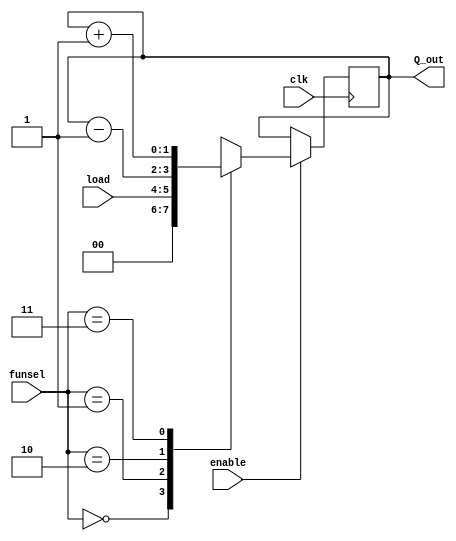
`timescale 1ns / 1ps

module register #(parameter N=2)(clk, enable, funsel, load, Q_out);
input clk;
input enable;
input [1:0] funsel;
input [N-1:0] load;
output reg [N-1:0] Q_out;

always @(posedge clk) begin
    if (enable) begin
      case (funsel)
         2'b00 : Q_out <= {N{1'b0}} ;
         2'b01 : Q_out <= load ;
         2'b10 : Q_out <= Q_out - {{(N-1){1'b0}}, 1'b1} ;
         2'b11 : Q_out <= Q_out + {{(N-1){1'b0}}, 1'b1} ;
         default : Q_out <= load ;
      endcase
     end
end
endmodule

module ir (
   clk, data, enable, funsel, lh, irout
);

input clk;
input [7:0] data;
input [1:0] funsel;
input enable;
input lh;
output reg [15:0] irout;

always @(posedge clk) begin
   if (enable) begin
      case (funsel)
         2'b00 : irout <= 16'b0; 
         2'b01 : begin 
            if (!lh) irout[7:0] <= data ;
            else irout[15:8] <= data ;
         end
         2'b10 : irout <= irout - {15'b0, 1'b1} ;
         2'b11 : irout <= irout + {15'b0, 1'b1} ;
      endcase
   end
end
   
endmodule

module mux_2_1(
    input [1:0] Data,
    input [0:0] sel,
    output [0:0] C
    );
    
    assign C = (~sel & Data[0]) | (sel & Data[1]);
    
endmodule

module mux_4_1 (
   input [3:0] Data,
   input [1:0] sel,
   output [0:0] out
);

   wire a1, a2;

   mux_2_1 mu1 (.Data(Data[1:0]), .sel(sel[0]), .C(a1));
   mux_2_1 mu2 (.Data(Data[3:2]), .sel(sel[0]), .C(a2));

   mux_2_1 mu3 (.Data({a2, a1}), .sel(sel[1]), .C(out));
   
endmodule

module mux_8_1(
    input [7:0] Data,
    input [2:0] sel,
    output [0:0] out
);

    wire sel1;
    wire sel2;
    wire sel3;
    wire sel4;
    wire sel5;
    wire sel6;

    mux_2_1 m1 (.Data(Data[1:0]), .sel(sel[0]), .C(sel1));
    mux_2_1 m2 (.Data(Data[3:2]), .sel(sel[0]), .C(sel2));
    mux_2_1 m3 (.Data(Data[5:4]), .sel(sel[0]), .C(sel3));
    mux_2_1 m4 (.Data(Data[7:6]), .sel(sel[0]), .C(sel4));
    
    mux_2_1 m5 (.Data({sel2, sel1}), .sel(sel[1]), .C(sel5));
    mux_2_1 m6 (.Data({sel4, sel3}), .sel(sel[1]), .C(sel6));
    
    mux_2_1 m7 (.Data({sel6, sel5}), .sel(sel[2]), .C(out));

endmodule

module reg8_8 (
   clk, load, o1sel, o2sel, funsel, rsel, tsel, o1, o2
);
   
   input clk;
   input [7:0] load;
   input [2:0] o1sel;
   input [2:0] o2sel;
   input [1:0] funsel;
   input [3:0] rsel;
   input [3:0] tsel;
   output [7:0] o1;
   output [7:0] o2;

   wire [7:0] w0, w1, w2, w3, w4, w5, w6, w7 ;

   register#(8) r1 (.clk(clk), .enable(rsel[3]), .funsel(funsel), .load(load), .Q_out(w4)) ; 
   register#(8) r2 (.clk(clk), .enable(rsel[2]), .funsel(funsel), .load(load), .Q_out(w5)) ; 
   register#(8) r3 (.clk(clk), .enable(rsel[1]), .funsel(funsel), .load(load), .Q_out(w6)) ; 
   register#(8) r4 (.clk(clk), .enable(rsel[0]), .funsel(funsel), .load(load), .Q_out(w7)) ;

   register#(8) t1 (.clk(clk), .enable(tsel[3]), .funsel(funsel), .load(load), .Q_out(w0)) ; 
   register#(8) t2 (.clk(clk), .enable(tsel[2]), .funsel(funsel), .load(load), .Q_out(w1)) ; 
   register#(8) t3 (.clk(clk), .enable(tsel[1]), .funsel(funsel), .load(load), .Q_out(w2)) ; 
   register#(8) t4 (.clk(clk), .enable(tsel[0]), .funsel(funsel), .load(load), .Q_out(w3)) ; 

   mux_8_1 o10mux (.Data({w7[0],w6[0],w5[0],w4[0],w3[0],w2[0],w1[0],w0[0]}), .sel(o1sel), .out(o1[0]));
   mux_8_1 o11mux (.Data({w7[1],w6[1],w5[1],w4[1],w3[1],w2[1],w1[1],w0[1]}), .sel(o1sel), .out(o1[1]));
   mux_8_1 o12mux (.Data({w7[2],w6[2],w5[2],w4[2],w3[2],w2[2],w1[2],w0[2]}), .sel(o1sel), .out(o1[2]));
   mux_8_1 o13mux (.Data({w7[3],w6[3],w5[3],w4[3],w3[3],w2[3],w1[3],w0[3]}), .sel(o1sel), .out(o1[3]));
   mux_8_1 o14mux (.Data({w7[4],w6[4],w5[4],w4[4],w3[4],w2[4],w1[4],w0[4]}), .sel(o1sel), .out(o1[4]));
   mux_8_1 o15mux (.Data({w7[5],w6[5],w5[5],w4[5],w3[5],w2[5],w1[5],w0[5]}), .sel(o1sel), .out(o1[5]));
   mux_8_1 o16mux (.Data({w7[6],w6[6],w5[6],w4[6],w3[6],w2[6],w1[6],w0[6]}), .sel(o1sel), .out(o1[6]));
   mux_8_1 o17mux (.Data({w7[7],w6[7],w5[7],w4[7],w3[7],w2[7],w1[7],w0[7]}), .sel(o1sel), .out(o1[7]));

   mux_8_1 o20mux (.Data({w7[0],w6[0],w5[0],w4[0],w3[0],w2[0],w1[0],w0[0]}), .sel(o2sel), .out(o2[0]));
   mux_8_1 o21mux (.Data({w7[1],w6[1],w5[1],w4[1],w3[1],w2[1],w1[1],w0[1]}), .sel(o2sel), .out(o2[1]));
   mux_8_1 o22mux (.Data({w7[2],w6[2],w5[2],w4[2],w3[2],w2[2],w1[2],w0[2]}), .sel(o2sel), .out(o2[2]));
   mux_8_1 o23mux (.Data({w7[3],w6[3],w5[3],w4[3],w3[3],w2[3],w1[3],w0[3]}), .sel(o2sel), .out(o2[3]));
   mux_8_1 o24mux (.Data({w7[4],w6[4],w5[4],w4[4],w3[4],w2[4],w1[4],w0[4]}), .sel(o2sel), .out(o2[4]));
   mux_8_1 o25mux (.Data({w7[5],w6[5],w5[5],w4[5],w3[5],w2[5],w1[5],w0[5]}), .sel(o2sel), .out(o2[5]));
   mux_8_1 o26mux (.Data({w7[6],w6[6],w5[6],w4[6],w3[6],w2[6],w1[6],w0[6]}), .sel(o2sel), .out(o2[6]));
   mux_8_1 o27mux (.Data({w7[7],w6[7],w5[7],w4[7],w3[7],w2[7],w1[7],w0[7]}), .sel(o2sel), .out(o2[7]));

endmodule

module arf (
   clk, load, outasel, outbsel, funsel, rsel, outa, outb
);
   input clk;
   input [7:0] load;
   input [1:0] outasel;
   input [1:0] outbsel;
   input [1:0] funsel;
   input [3:0] rsel;
   output [7:0] outa;
   output [7:0] outb;

   wire [7:0] w0, w1, w2, w3; 
    //rsel 4 bits: 1   1   1       1
    //             AR  SP  PCPrev  PC


   register#(8) ar (.clk(clk), .enable(rsel[3]), .funsel(funsel), .load(load), .Q_out(w0)) ; 
   register#(8) sp (.clk(clk), .enable(rsel[2]), .funsel(funsel), .load(load), .Q_out(w1)) ; 
   register#(8) pcp (.clk(clk), .enable(rsel[1]), .funsel(funsel), .load(load), .Q_out(w2)) ; 
   register#(8) pc (.clk(clk), .enable(rsel[0]), .funsel(funsel), .load(load), .Q_out(w3)) ;

   mux_4_1 a1 (.Data({w3[0],w2[0],w1[0],w0[0]}), .sel(outasel), .out(outa[0]));
   mux_4_1 a2 (.Data({w3[1],w2[1],w1[1],w0[1]}), .sel(outasel), .out(outa[1]));
   mux_4_1 a3 (.Data({w3[2],w2[2],w1[2],w0[2]}), .sel(outasel), .out(outa[2]));
   mux_4_1 a4 (.Data({w3[3],w2[3],w1[3],w0[3]}), .sel(outasel), .out(outa[3]));
   mux_4_1 a5 (.Data({w3[4],w2[0],w1[4],w0[4]}), .sel(outasel), .out(outa[4]));
   mux_4_1 a6 (.Data({w3[5],w2[5],w1[5],w0[5]}), .sel(outasel), .out(outa[5]));
   mux_4_1 a7 (.Data({w3[6],w2[6],w1[6],w0[6]}), .sel(outasel), .out(outa[6]));
   mux_4_1 a8 (.Data({w3[7],w2[7],w1[7],w0[7]}), .sel(outasel), .out(outa[7]));

   mux_4_1 b1 (.Data({w3[0],w2[0],w1[0],w0[0]}), .sel(outbsel), .out(outb[0]));
   mux_4_1 b2 (.Data({w3[1],w2[1],w1[1],w0[1]}), .sel(outbsel), .out(outb[1]));
   mux_4_1 b3 (.Data({w3[2],w2[2],w1[2],w0[2]}), .sel(outbsel), .out(outb[2]));
   mux_4_1 b4 (.Data({w3[3],w2[3],w1[3],w0[3]}), .sel(outbsel), .out(outb[3]));
   mux_4_1 b5 (.Data({w3[4],w2[0],w1[4],w0[4]}), .sel(outbsel), .out(outb[4]));
   mux_4_1 b6 (.Data({w3[5],w2[5],w1[5],w0[5]}), .sel(outbsel), .out(outb[5]));
   mux_4_1 b7 (.Data({w3[6],w2[6],w1[6],w0[6]}), .sel(outbsel), .out(outb[6]));
   mux_4_1 b8 (.Data({w3[7],w2[7],w1[7],w0[7]}), .sel(outbsel), .out(outb[7]));

endmodule



// module flag_reg (
//     clk,
//     load,
//     cin
// );
//     input clk;
//     input [3:0] load;
//     output cin;
//     wire [3:0] out;
//     register#(4) r (.clk(clk), .enable(1'b1), .funsel(2'b01), .load(load), .Q_out(out));

//     assign cin = out[2];

// endmodule


module alu (
    input [7:0] A,
    input [7:0] B,

    input [3:0] Funsel,
    output reg [3:0] Flag,
    output reg [7:0] OutALU
);


reg [8:0] out;
reg [8:0] A_9;
reg [8:0] B_9;
reg [8:0] B_comp_9;


always @(*) begin

A_9 = A;
B_9 = B;
B_comp_9 = ~B;
A_9[8] = 0;
B_9[8] = 0;
B_comp_9[8] = 0;

    case (Funsel)
        4'b0000 : begin 
            OutALU = A; 
            Flag[1] = OutALU[7];
            if(OutALU === 8'b00000000) begin
                    Flag[3] = 1;
                end
            else begin
                Flag[3] = 0;
                end
            end
        4'b0001 : begin
            OutALU = B;
            Flag[1] = OutALU[7]; 
            if(OutALU === 8'b00000000) begin
                    Flag[3] = 1;
                end
            else begin
                Flag[3] = 0;
                end
            end
        4'b0010 : begin
            OutALU = ~A;
            Flag[1] = OutALU[7]; 
            if(OutALU === 8'b00000000) begin
                    Flag[3] = 1;
                end
            else begin
                Flag[3] = 0;
                end
            end
        4'b0011 : begin
            OutALU = ~B;
            Flag[1] = OutALU[7]; 
            if(OutALU === 8'b00000000) begin
                    Flag[3] = 1;
                end
            else begin
                Flag[3] = 0;
                end
            end
        4'b0100 : begin
            out = A_9 + B_9;
            // if(Flag[2] === 1) begin
            //     out = out+9'b000000001;
            // end
            OutALU = out[7:0];
            // Flag[0] = (A[7]&B[7])^OutALU[7];
            // Flag[1] = OutALU[7];
            // Flag[2] = out[8];
            if(OutALU === 8'b00000000) begin
                    Flag[3] = 1;
                end
            else begin
                Flag[3] = 0;
                end
            end
        4'b0101 : begin
            out = A_9 + B_comp_9 + 9'b000000001;
            OutALU = out[7:0];
            // Flag[0] = (A[7]^B[7])&(A[7]^OutALU[7]);
            // Flag[1] = OutALU[7];
            // Flag[2] = out[8];
            if(OutALU === 8'b00000000) begin
                    Flag[3] = 1;
                end
            else begin
                Flag[3] = 0;
                end
            end
        4'b0110 : begin
                out = A + B_comp_9 + 9'b000000001;
                OutALU = out[7:0];
                Flag[0] = (A[7]^B[7])&(A[7]^OutALU[7]);
                Flag[1] = OutALU[7];
                Flag[2] = out[8];
                if(OutALU === 8'b00000000) begin
                        Flag[3] = 1;
                    end
                else begin
                    Flag[3] = 0;
                    end
                if(~Flag[0]&~Flag[1]&~Flag[3]) begin
                        OutALU = A;
                    end
                else if(Flag[0]&~A[7]) begin
                        OutALU = A;
                    end
                else begin
                        OutALU = 8'b00000000;
                end
            end
        4'b0111 : begin
            OutALU = A&B;
            Flag[1] = OutALU[7]; 
            if(OutALU === 8'b00000000) begin
                    Flag[3] = 1;
                end
            else begin
                Flag[3] = 0;
                end
            end
        4'b1000 : begin
            OutALU = A|B;
            Flag[1] = OutALU[7]; 
            if(OutALU === 8'b00000000) begin
                    Flag[3] = 1;
                end
            else begin
                Flag[3] = 0;
                end
            end
        4'b1001 : begin
            OutALU = ~(A&B);
            Flag[1] = OutALU[7]; 
            if(OutALU === 8'b00000000) begin
                    Flag[3] = 1;
                end
            else begin
                Flag[3] = 0;
                end
            end
        4'b1010 : begin
            OutALU = A^B;
            Flag[1] = OutALU[7]; 
            if(OutALU === 8'b00000000) begin
                    Flag[3] = 1;
                end
            else begin
                Flag[3] = 0;
                end
            end
        4'b1011 : begin
            OutALU = A<<1;
            Flag[1] = OutALU[7];
            Flag[2] = A[7];
            if(OutALU === 8'b00000000) begin
                    Flag[3] = 1;
                end
            else begin
                Flag[3] = 0;
                end
            end
        4'b1100 : begin
            OutALU = A>>1;
            Flag[1] = OutALU[7];
            Flag[2] = A[0];
            if(OutALU === 8'b00000000) begin
                    Flag[3] = 1;
                end
            else begin
                Flag[3] = 0;
                end
            end
        4'b1101 : begin
            OutALU = A<<1;
            Flag[0] = A[7]^OutALU[7];
            Flag[1] = OutALU[7];
            if(OutALU === 8'b00000000) begin
                    Flag[3] = 1;
                end
            else begin
                Flag[3] = 0;
                end
            end
        4'b1110 : begin
            OutALU = A>>1;
            OutALU[7] = A[7]; 
            if(OutALU === 8'b00000000) begin
                    Flag[3] = 1;
                end
            else begin
                Flag[3] = 0;
                end
            end
        4'b1111 : begin
            OutALU = A>>1;
            Flag[2] = A[0];
            OutALU[7] = Flag[2];
            Flag[1] = OutALU[7];
            if(OutALU === 8'b00000000) begin
                    Flag[3] = 1;
                end
            else begin
                Flag[3] = 0;
                end
            end
        default : begin
            OutALU = 8'b00000000;
            Flag = 4'b0000;
        end
    endcase
end
endmodule




//given module for memory
module Memory(
    input wire[7:0] address,
    input wire[7:0] data,
    input wire wr, //Read = 0, Write = 1  //read from memory, write to memory 
    input wire cs, //Chip is enable when cs = 0
    input wire clock,
    output reg[7:0] o // Output
);
    //Declaration of the RAM Area
    reg[7:0] RAM_DATA[0:255];
    //Read Ram data from the file
    initial begin
        $readmemh("RAM.mem", RAM_DATA);
        
    end
    always @(*) begin
        $writememh("RAM.mem", RAM_DATA);
    end
   

    //Read the selected data from RAM
    always @(*) begin
        o = ~wr && ~cs ? RAM_DATA[address] : 8'hZ;
    end
    
    //Write the data to RAM
    always @(posedge clock) begin
        if (wr && ~cs) begin
            RAM_DATA[address] <= data; 
        end
    end
endmodule


module twoToOneMuxOf8bits(input selector, input[7:0] in0, input[7:0] in1, output reg[7:0] out);

always @(*) begin
   case (selector)
      1'b0 : out= in0;
      1'b1 : out= in1;
    //   default: out= in1;
   endcase
end
   
endmodule


module fourToOneMuxOf8bits(input[1:0] selector, input[7:0] in0, input[7:0] in1,input[7:0] in2,input[7:0] in3, output reg[7:0] out);

always @(*) begin
   case (selector)
      2'b00 :  out= in0;
      2'b01 :  out= in1;
      2'b10 :  out= in2;
      2'b11 :  out= in3;
      default: out= in0;
   endcase
end
   
endmodule






//our module for first project
module ALU_System (
    input [1:0] ARF_OutCSel,
    input[1:0] ARF_OutDSel,
    input [1:0] IR_Funsel,
    input [1:0] ARF_FunSel,
    input [1:0] RF_FunSel,
    input [3:0] ALU_FunSel,


    input [3:0] RF_RSel,
    input [3:0] ARF_RegSel,
    input Clock,
    input Mem_WR,
    input Mem_CS,
    input IR_Enable,
    input IR_LH,
    input [1:0] MuxASel,
    input [1:0] MuxBSel,
    input MuxCSel,
    input [2:0]RF_OutASel, 
    input [2:0]RF_OutBSel, 
    input [3:0]RF_TSel,

   
    output wire [7:0] AOut,//rf-muxC
    output wire [7:0] BOut,//rf-alu
    output wire [7:0] ALUOut,
    output wire [3:0] ALUOutFlag,
    output wire [7:0] ARF_AOut,//arf -muxA
    output wire [7:0] Address,//arf- memory adress
    output wire [7:0] MemoryOut, //memory - IR- muxA
    output wire [7:0] MuxAOut, //muxA- rf
    output wire [7:0] MuxBOut,//muxB-arf
    output wire [7:0] MuxCOut,//muxC-alu
    output wire [15:0] IROut //direct IR output
    );


    wire [7:0] IROut_LSBs; //less significant bits of IROut
    wire [7:0] IROut_MSBs; //most significant bits of IROut



    arf ARF(Clock,MuxBOut, ARF_OutCSel, ARF_OutDSel,ARF_FunSel,ARF_RegSel,ARF_AOut,Address);
    Memory MEMORY(Address, ALUOut, Mem_WR, Mem_CS, Clock, MemoryOut);

    ir IR(Clock, MemoryOut, IR_Enable,IR_Funsel,IR_LH, IROut); 
    assign IROut_MSBs =IROut[15:8];
    assign IROut_LSBs=IROut[7:0];


    fourToOneMuxOf8bits muxA( MuxASel, ALUOut, MemoryOut,  IROut_LSBs, ARF_AOut, MuxAOut);
    fourToOneMuxOf8bits muxB(MuxBSel, ALUOut,MemoryOut,IROut_LSBs, ARF_AOut, MuxBOut);

    reg8_8 Register_File(Clock, MuxAOut, RF_OutASel, RF_OutBSel, RF_FunSel, RF_RSel, RF_TSel, AOut, BOut);

    twoToOneMuxOf8bits muxC(MuxCSel, AOut, ARF_AOut, MuxCOut); //0=> AOut, 1=> ARF_AOut
    alu ALU(MuxCOut,BOut,ALU_FunSel,ALUOutFlag,ALUOut); 


endmodule

//before this section was in project 1 ***********************************************

//after this section is in project 2 *************************************************



module Counter(input wire clock, input wire reset, output reg [3:0] register_counter);
    always @(posedge clock or posedge reset) begin
        if (reset)
        begin 
            register_counter=4'b1111;
        end
        else
        begin
            register_counter<= #0.25 register_counter+4'b0001;
        end
    end

endmodule




module CPUSystem (input Clock, input Reset,


    // output wires for control purposes
    output wire [7:0] AOut,
    output wire [7:0] BOut,
    output wire [7:0] ALUOut,
    output wire [3:0] ALUOutFlag,
    output wire [7:0] ARF_AOut,
    output wire [7:0] Address,
    output wire [7:0] MemoryOut,
    output wire [7:0] MuxAOut,
    output wire [7:0] MuxBOut,
    output wire [7:0] MuxCOut,
    output wire [15:0] IROut,
    output wire [3:0] timing_signal,


    output reg[3:0] ins_opcode,
    output reg [1:0] ARF_OutCSel,
    output reg[1:0] ARF_OutDSel,
    output reg [1:0] IR_Funsel,
    output reg [1:0] ARF_FunSel,
    output reg [1:0] RF_FunSel,
    output reg [3:0] ALU_FunSel,
    output reg [3:0] RF_RSel,
    output reg [3:0] ARF_RegSel,
    output reg Mem_WR,
    output reg Mem_CS,
    output reg IR_Enable,
    output reg IR_LH,
    output reg [1:0] MuxASel,
    output reg [1:0] MuxBSel,
    output reg MuxCSel,
    output reg [2:0] RF_OutASel,
    output reg [2:0] RF_OutBSel,
    output reg [3:0] RF_TSel




);
    reg reset_timing_signal; //reset counter at the begining and return back to normal condition!!!!
    
    Counter counter(Clock, (reset_timing_signal | Reset),timing_signal);


    //figure 2 mode: (if adressing mode is N/A from the table)
    wire[3:0] ins_dstreg = IROut[11:8];
    wire [3:0] ins_sreg1= IROut[7:4];
    wire [3:0] ins_sreg2= IROut[3:0];


    //figure 1 mode: (if adressing mode is IM, D in the table)
    wire ins_addressing_mode =IROut[10];
    wire [1:0] ins_rsel= IROut[9:8];
    wire [7:0] ins_adress= IROut[7:0];



    ALU_System sys(ARF_OutCSel,ARF_OutDSel,IR_Funsel,ARF_FunSel,RF_FunSel,ALU_FunSel,RF_RSel,
    ARF_RegSel,Clock,Mem_WR,Mem_CS,IR_Enable,IR_LH,MuxASel,MuxBSel,MuxCSel,RF_OutASel, RF_OutBSel,
     RF_TSel,AOut, BOut, ALUOut, ALUOutFlag, ARF_AOut, Address, MemoryOut,  MuxAOut,  MuxBOut, MuxCOut,IROut 
    );


    reg delay;

    
    initial begin
        Mem_WR<=0;

        //make everything 0 initally
        ARF_FunSel<=2'b00;
        RF_FunSel<=2'b00;
        RF_RSel<=4'b1111;
        ARF_RegSel<=4'b1111;
        RF_TSel<=4'b1111;
        reset_timing_signal<=1;
        delay<=1;
        #5;
        RF_RSel<=4'b0000;
        ARF_RegSel<=4'b0000;
        RF_TSel<=4'b0000;
        reset_timing_signal<=0;
        delay<=0;
     end



    always @(posedge reset_timing_signal) begin
        if(!delay) begin
            ARF_RegSel<= #5 4'b0000; //making sure ARF_RegSel deactiveted for unintended writings
            IR_Enable<= #5 0; 
            RF_RSel<= #5 4'b0000;
            RF_TSel<= #5 4'b0000;//making sure RF_TSel deactiveted for unintended writings
            reset_timing_signal<= #5 0;//be sure that timing signal doesn't reset in every cycle
        end
    end


    always @(timing_signal) begin
        ARF_RegSel<= #10 4'b0000; //making sure ARF_RegSel deactiveted for unintended writings
        IR_Enable<= #10 0; 
        RF_RSel<= #10 4'b0000;
        RF_TSel<= #10 4'b0000;//making sure RF_TSel deactiveted for unintended writings
    end
 

    //operations
    always @(*) begin  //registers have internal clock mechanisms, so not put in here
        Mem_CS<=0;
        ins_opcode<=IROut[15:12];
    

        if (

            ((ins_opcode == 4'h0 )&& (timing_signal == 4'b0110 ))||
            ((ins_opcode == 4'h1 )&& (timing_signal == 4'b0110  ))||
            ((ins_opcode == 4'h2 )&& (timing_signal == 4'b0110  ))||
            ((ins_opcode == 4'h3 )&& (timing_signal == 4'b0110  ))||
            ((ins_opcode == 4'h4 )&& (timing_signal == 4'b0110  ))||
            ((ins_opcode == 4'h5 )&& (timing_signal == 4'b0110 ))||
            ((ins_opcode == 4'h6 )&& (timing_signal == 4'b0110 ))||
            ((ins_opcode == 4'h7 )&& (timing_signal == 4'b1000 ))||
            ((ins_opcode == 4'h8 )&& (timing_signal == 4'b1000  ))||
            ((ins_opcode == 4'h9 )&& (timing_signal == 4'b0100  ))||
            ((ins_opcode == 4'hA )&& (timing_signal == 4'b0100  ))||
            ((ins_opcode == 4'hB )&& (timing_signal == 4'b0110 )) ||
            ((ins_opcode == 4'hC )&& (timing_signal == 4'b0100 )) ||
            ((ins_opcode == 4'hD )&& (timing_signal == 4'b0100 ))||
            ((ins_opcode == 4'hE )&& (timing_signal == 4'b0101))||
            ((ins_opcode == 4'hF )&& (timing_signal == 4'b0101 ))
            
         ) begin
             reset_timing_signal <= 1'b1; //counter is zeroed.
        end 

        IR_Enable<=0;


        //opcode and timing signal condtions
        if(timing_signal==4'b0000) begin //start of the fetch cycle 
            //IR(7-0)<-M[PC]
            ARF_OutDSel<=2'b 11; //PC will be given as adress to memory
            Mem_WR<=0;    //read from memory
            IR_Enable<=1; //activate IR
            IR_Funsel<=2'b 01; //open load
            IR_LH<=0;  //IR(7-0) selected
            ARF_RegSel <=4'b0000;


         end
        else if(timing_signal==4'b0001) begin //2nd phase of fetch cycle
            //  PC<-PC+1
            IR_Enable<=0;
            ARF_FunSel<=2'b11; //increment by 1
            ARF_RegSel <=4'b0001; //open PC
           

           
            

         end
        else if (timing_signal==4'b0010)begin //3rd and last phase of the fetch cycle
            //IR(15-8)<-M[PC], PC<-PC+1

            // ARF_FunSel<=2'b11; //increment by 1
            // ARF_RegSel <=4'b0001; //open PC
            ARF_OutDSel<=2'b 11; //PC will be given as adress to memory
            Mem_WR<=0;    //read from memory
            IR_Enable<=1; //activate IR
            IR_Funsel<=2'b 01; //open load
            IR_LH<=1;  //IR(15-8) selected


            ARF_FunSel<=2'b11; //increment by 1
            ARF_RegSel <=4'b0001; //open PC

         end
         
        //IR is ready to use

        //register selections for output 
        
        else if(timing_signal==4'b0011)begin
            ARF_RegSel <=4'b0000;
  
            if ((ins_opcode == 4'h9) || (ins_opcode == 4'hA) || (ins_opcode == 4'hC) || (ins_opcode == 4'hD) || (ins_opcode == 4'hE)|| (ins_opcode == 4'hF)) //in these opcodes figure 1 order will be used
            begin 
                if(ins_opcode == 4'h9) begin
                    IR_Enable<=0;
                    MuxBSel<=2'b10; //IR(7-0) will go to ARF
                    ARF_RegSel<=4'b0001; // select only PC
                    ARF_FunSel<=2'b01; //load 
                   
                end

                else if(ins_opcode == 4'hA) begin
                    IR_Enable<=0;
                if(ALUOutFlag[3]==1'b0) begin
                    MuxBSel<=2'b10; //IR(7-0) will go to ARF
                    ARF_RegSel<=4'b0001; // select only PC
                    ARF_FunSel<=2'b01; //load 
                    end
                end

                else if(ins_opcode == 4'hC) begin
                    IR_Enable<=0;
                    if(ins_addressing_mode==1'b0) begin //immediate addressing
                        MuxASel<=2'b10; //selects IROut
                        RF_FunSel<= 2'b01; //open load for RF
                        case (ins_rsel)
                        2'b00: begin
                        RF_RSel<=4'b1000;   //R1 is chosen
                        end
                        2'b01: begin
                        RF_RSel<=4'b0100;   //R2 is chosen
                        end
                        2'b10: begin
                        RF_RSel<=4'b0010;   //R3 is chosen
                        end
                        2'b11: begin
                        RF_RSel<=4'b0001;   //R4 is chosen
                        end
                        endcase
                    end
                    else begin //direct addressing
                        ARF_OutDSel<=2'b 00; //AR will be given as adress to memory
                        Mem_WR<=0;    //read from memory
                        MuxASel<=2'b01; // selects memory output in MUX A
                        RF_FunSel<=2'b01; //open load for RF
                        case (ins_rsel)
                        2'b00: begin
                        RF_RSel<=4'b1000;   //R1 is chosen
                        end
                        2'b01: begin
                        RF_RSel<=4'b0100;   //R2 is chosen
                        end
                        2'b10: begin
                        RF_RSel<=4'b0010;   //R3 is chosen
                        end
                        2'b11: begin
                        RF_RSel<=4'b0001;   //R4 is chosen
                        end
                        endcase    
                    end
                end
                else if(ins_opcode == 4'hD && timing_signal==4'b0011) begin
                    IR_Enable<=0;
                    $display("~Last instructor~");
                    $display("Sum: ", ALUOut);
                    $display("Time: ", $realtime);
                    ARF_OutDSel<=2'b 00; //AR will be given as adress to memory
                    case (ins_rsel)
                    2'b00: begin
                    RF_OutASel<=3'b100;    //R1 is sent to MUXC
                    end
                    2'b01: begin
                    RF_OutASel<=3'b101;    //R2 is sent to MUXC
                    end
                    2'b10: begin
                    RF_OutASel<=3'b110;    //R3 is sent to MUXC
                    end
                    2'b11: begin
                    RF_OutASel<=3'b111;    //R4 is sent to MUXC
                    end
                    endcase
                    MuxCSel<=0; //RF's output is sent to alu
                    ALU_FunSel<=4'b0000; //RF is sent to memory
                    Mem_WR<=1;    //write to from memory
                   

                end
                else if(ins_opcode == 4'hE && timing_signal==4'b0011) begin
                    IR_Enable<=0;
                    ARF_OutDSel<=2'b 01;  // SP is given as address to memory
                    Mem_WR<=0;    //read from memory
                    MuxASel<=2'b01; //selects memory for MUX A
                    RF_FunSel<= 2'b01; //open load for RF
                    case (ins_rsel)
                    2'b00: begin
                    RF_RSel<=4'b1000;   //R1 is chosen
                    end
                    2'b01: begin
                    RF_RSel<=4'b0100;   //R2 is chosen
                    end
                    2'b10: begin
                    RF_RSel<=4'b0010;   //R3 is chosen
                    end
                    2'b11: begin
                    RF_RSel<=4'b0001;   //R4 is chosen
                    end
                    endcase

                end
                else if(ins_opcode == 4'hF && timing_signal==4'b0011) begin
                    IR_Enable<=0;
                    ARF_RegSel<= 4'b0100; // SP is selected
                    ARF_OutDSel<=2'b01;  // SP is given as address to memory
                    case (ins_rsel)
                    2'b00: begin
                    RF_RSel<=4'b1000;   //R1 is chosen
                    end
                    2'b01: begin
                    RF_RSel<=4'b0100;   //R2 is chosen
                    end
                    2'b10: begin
                    RF_RSel<=4'b0010;   //R3 is chosen
                    end
                    2'b11: begin
                    RF_RSel<=4'b0001;   //R4 is chosen
                    end
                    endcase
                    MuxCSel<=1'b0; // RF is selected
                    ALU_FunSel <= 4'b0000; //register value is written to the memory
                    Mem_WR<=1;    //write to memory
                end
             end



            else begin //in other opcodes figure 2 order will be used
                //there is 3 situation for input. Both can be in RF, one form RF one from ARF, both can be in ARF
                case({ins_sreg1[2],ins_sreg2[2]})

                    2'b00: //both are in RF 
                        begin
                            //0=> AOut, 1=> ARF_AOut
                            MuxCSel<=0; //RF's output
                            RF_OutASel<={1'b1,ins_sreg1[1:0]};//RF output selection
                            RF_OutBSel<={1'b1,ins_sreg2[1:0]};//RF output selection
                        end
                    2'b10: //1st ARF, 2nd RF
                        begin
                        MuxCSel<=1;   //ARF's output
                        RF_OutBSel<={1'b1,ins_sreg2[1:0]};//RF output selection
                        
                        case (ins_sreg1[1:0])//ARF output selection
                            2'b00:  //SP selection
                                ARF_OutCSel<= 2'b01;
                            2'b01: //AR selection
                                ARF_OutCSel<= 2'b00;
                            2'b10://PC selection
                                ARF_OutCSel<=2'b11;
                            2'b11://PC selection
                                ARF_OutCSel<=2'b11;
                        endcase 
                        end 

                    2'b01: //1st RF, 2nd ARF (1 more cycle needed)
                        begin//store value of ARF in T1

                            case (ins_sreg2[1:0])//ARF output selection
                                2'b00:  //SP selection
                                    ARF_OutCSel<= 2'b01;
                                2'b01: //AR selection
                                    ARF_OutCSel<= 2'b00;
                                2'b10://PC selection
                                    ARF_OutCSel<=2'b11;
                                2'b11://PC selection
                                    ARF_OutCSel<=2'b11;
                            endcase

                            MuxASel<=2'b11; //output coming from ARF
                            RF_TSel<=4'b1000; //T1 will be used to store value coming from ARF
                            RF_FunSel<= 2'b01; //open load
                        end
                    2'b11: //both are ARF (1 more cycle needed)
                        begin //store value of ARF in T1 (for ALU input B)
                            case (ins_sreg2[1:0])//ARF output selection
                                2'b00:  //SP selection
                                    ARF_OutCSel<= 2'b01;
                                2'b01: //AR selection
                                    ARF_OutCSel<= 2'b00;
                                2'b10://PC selection
                                    ARF_OutCSel<=2'b11;
                                2'b11://PC selection
                                    ARF_OutCSel<=2'b11;
                            endcase

                            MuxASel<=2'b11; //output coming from ARF
                            RF_TSel<=4'b1000; //T1 will be used to store value coming from ARF
                            RF_FunSel<= 2'b01; //open load
                        end
                endcase


          
             end
         end
        

        
        else if((timing_signal==4'b0100) &&  (  {ins_sreg1[2],ins_sreg2[2]} ==  2'b01 )  && 
                 !(  (ins_opcode == 4'h9) || (ins_opcode == 4'hA) || (ins_opcode == 4'hC) || (ins_opcode == 4'hD)  )  )begin  //next cycle of 1st RF, 2nd ARF
            RF_OutBSel<=3'b000; //T1 will be 2nd output 
            MuxCSel<=0; //Rx RF's output
            RF_OutASel<= {1'b1,ins_sreg1[1:0]};//Rx selection
        end
        else if((timing_signal==4'b0100) &&  (  {ins_sreg1[2],ins_sreg2[2]} ==  2'b11 ) &&
                  !(  (ins_opcode == 4'h9) || (ins_opcode == 4'hA) || (ins_opcode== 4'hC) || (ins_opcode == 4'hD)  ))begin  //next cycle of both are ARF
            
            MuxCSel<=1;   //ARF's output for ALU A (sreg 1)

            case (ins_sreg1[1:0])//ARF output selection for sreg1
                2'b00:  //SP selection
                    ARF_OutCSel<= 2'b01;
                2'b01: //AR selection
                    ARF_OutCSel<= 2'b00;
                2'b10://PC selection
                    ARF_OutCSel<=2'b11;
                2'b11://PC selection
                    ARF_OutCSel<=2'b11;
            endcase 
            RF_OutBSel<=3'b000; //T1 will be 2nd output (sreg 2)
        
        
        end

        else if((timing_signal==4'b0101) && (ins_opcode == 4'h0)) begin // AND
            IR_Enable<=0;
            ALU_FunSel <= 4'b0111 ;
            Mem_WR <= 0;

            begin // write to register

            if (ins_dstreg[2]==1'b0)//write to rf
                begin 
                    case (ins_dstreg[1:0]) //which register will be used
                        2'b00: //R1
                            RF_RSel<= 4'b1000;
                
                        2'b01: //R2
                            RF_RSel<= 4'b0100;

                        2'b10: //R3
                            RF_RSel<= 4'b0010;

                        2'b11: //R4
                            RF_RSel<= 4'b0001;
                        
                    endcase
                    RF_FunSel<=2'b01; //open to load
                    MuxASel <= 2'b00; //OutALU
                    MuxBSel <= 2'b10; //IROut (random)
                    ARF_RegSel <= 3'b000; //Do not let ARF to change.

                end

            else 
                begin//write to arf 
                    
                    case (ins_dstreg[1:0]) //which register will be used
                        2'b00: //SP
                            ARF_RegSel<= 4'b0100;
                
                        2'b01: //AR
                            ARF_RegSel<= 4'b1000;

                        2'b10: //PC
                            ARF_RegSel<= 4'b0001;

                        2'b11: //PC
                            ARF_RegSel<= 4'b0001;
                        
                    endcase
                    ARF_FunSel<=2'b01; //open to load
                    MuxASel <= 2'b10; //IROut (random)
                    MuxBSel <= 2'b00; //OutALU
                    RF_RSel <= 3'b000; //Do not let RF to change.

                end 
        
            end

           
            
        end

        else if((timing_signal==4'b0101) && (ins_opcode == 4'h1)) begin // OR
            IR_Enable<=0;
            ALU_FunSel <= 4'b1000 ;
            Mem_WR <= 0;

            begin // write to register

            if (ins_dstreg[2]==1'b0)//write to rf
                begin 
                    case (ins_dstreg[1:0]) //which register will be used
                        2'b00: //R1
                            RF_RSel<= 4'b1000;
                
                        2'b01: //R2
                            RF_RSel<= 4'b0100;

                        2'b10: //R3
                            RF_RSel<= 4'b0010;

                        2'b11: //R4
                            RF_RSel<= 4'b0001;
                        
                    endcase
                    RF_FunSel<=2'b01; //open to load
                    MuxASel <= 2'b00; //OutALU
                    MuxBSel <= 2'b10; //IROut (random)
                    ARF_RegSel <= 3'b000; //Do not let ARF to change.

                end

            else 
                begin//write to arf 
                    
                    case (ins_dstreg[1:0]) //which register will be used
                        2'b00: //SP
                            ARF_RegSel<= 4'b0100;
                
                        2'b01: //AR
                            ARF_RegSel<= 4'b1000;

                        2'b10: //PC
                            ARF_RegSel<= 4'b0001;

                        2'b11: //PC
                            ARF_RegSel<= 4'b0001;
                        
                    endcase
                    ARF_FunSel<=2'b01; //open to load
                    MuxASel <= 2'b10; //IROut (random)
                    MuxBSel <= 2'b00; //OutALU
                    RF_RSel <= 3'b000; //Do not let RF to change.

                end 
        
            end

            
            
        end

        else if((timing_signal==4'b0101) && (ins_opcode == 4'h2)) begin // NOT
            IR_Enable<=0;
            ALU_FunSel <= 4'b0010 ;
            Mem_WR <= 0;

            begin // write to register

            if (ins_dstreg[2]==1'b0)//write to rf
                begin 
                    case (ins_dstreg[1:0]) //which register will be used
                        2'b00: //R1
                            RF_RSel<= 4'b1000;
                
                        2'b01: //R2
                            RF_RSel<= 4'b0100;

                        2'b10: //R3
                            RF_RSel<= 4'b0010;

                        2'b11: //R4
                            RF_RSel<= 4'b0001;
                        
                    endcase
                    RF_FunSel<=2'b01; //open to load
                    MuxASel <= 2'b00; //OutALU
                    MuxBSel <= 2'b10; //IROut (random)
                    ARF_RegSel <= 3'b000; //Do not let ARF to change.

                end

            else 
                begin//write to arf 
                    
                    case (ins_dstreg[1:0]) //which register will be used
                        2'b00: //SP
                            ARF_RegSel<= 4'b0100;
                
                        2'b01: //AR
                            ARF_RegSel<= 4'b1000;

                        2'b10: //PC
                            ARF_RegSel<= 4'b0001;

                        2'b11: //PC
                            ARF_RegSel<= 4'b0001;
                        
                    endcase
                    ARF_FunSel<=2'b01; //open to load
                    MuxASel <= 2'b10; //IROut (random)
                    MuxBSel <= 2'b00; //OutALU
                    RF_RSel <= 3'b000; //Do not let RF to change.

                end 
        
            end

            
            
        end

        else if((timing_signal==4'b0101) && (ins_opcode == 4'h3)) begin // ADD
            IR_Enable<=0;
            ALU_FunSel <= 4'b0100 ;
            Mem_WR <= 0;

            begin // write to register

            if (ins_dstreg[2]==1'b0)//write to rf
                begin 
                    case (ins_dstreg[1:0]) //which register will be used
                        2'b00: //R1
                            RF_RSel<= 4'b1000;
                
                        2'b01: //R2
                            RF_RSel<= 4'b0100;

                        2'b10: //R3
                            RF_RSel<= 4'b0010;

                        2'b11: //R4
                            RF_RSel<= 4'b0001;
                        
                    endcase
                    RF_FunSel<=2'b01; //open to load
                    MuxASel <= 2'b00; //OutALU
                    MuxBSel <= 2'b10; //IROut (random)
                    ARF_RegSel <= 3'b000; //Do not let ARF to change.

                end

            else 
                begin//write to arf 
                    
                    case (ins_dstreg[1:0]) //which register will be used
                        2'b00: //SP
                            ARF_RegSel<= 4'b0100;
                
                        2'b01: //AR
                            ARF_RegSel<= 4'b1000;

                        2'b10: //PC
                            ARF_RegSel<= 4'b0001;

                        2'b11: //PC
                            ARF_RegSel<= 4'b0001;
                        
                    endcase
                    ARF_FunSel<=2'b01; //open to load
                    MuxASel <= 2'b10; //IROut (random)
                    MuxBSel <= 2'b00; //OutALU
                    RF_RSel <= 3'b000; //Do not let RF to change.

                end 
        
            end

            
        end

        else if((timing_signal==4'b0101) && (ins_opcode == 4'h4)) begin // SUB
           IR_Enable<=0;
           ALU_FunSel <= 4'b0101 ;
            Mem_WR <= 0;

            begin // write to register

            if (ins_dstreg[2]==1'b0)//write to rf
                begin 
                    case (ins_dstreg[1:0]) //which register will be used
                        2'b00: //R1
                            RF_RSel<= 4'b1000;
                
                        2'b01: //R2
                            RF_RSel<= 4'b0100;

                        2'b10: //R3
                            RF_RSel<= 4'b0010;

                        2'b11: //R4
                            RF_RSel<= 4'b0001;
                        
                    endcase
                    RF_FunSel<=2'b01; //open to load
                    MuxASel <= 2'b00; //OutALU
                    MuxBSel <= 2'b10; //IROut (random)
                    ARF_RegSel <= 3'b000; //Do not let ARF to change.

                end

            else 
                begin//write to arf 
                    
                    case (ins_dstreg[1:0]) //which register will be used
                        2'b00: //SP
                            ARF_RegSel<= 4'b0100;
                
                        2'b01: //AR
                            ARF_RegSel<= 4'b1000;

                        2'b10: //PC
                            ARF_RegSel<= 4'b0001;

                        2'b11: //PC
                            ARF_RegSel<= 4'b0001;
                        
                    endcase
                    ARF_FunSel<=2'b01; //open to load
                    MuxASel <= 2'b10; //IROut (random)
                    MuxBSel <= 2'b00; //OutALU
                    RF_RSel <= 3'b000; //Do not let RF to change.

                end 
        
            end

            
            
        end

        else if((timing_signal==4'b0101) && (ins_opcode == 4'h5)) begin // LSR
            IR_Enable<=0;
            ALU_FunSel <= 4'b1100 ;
            Mem_WR <= 0;

            begin // write to register

            if (ins_dstreg[2]==1'b0)//write to rf
                begin 
                    case (ins_dstreg[1:0]) //which register will be used
                        2'b00: //R1
                            RF_RSel<= 4'b1000;
                
                        2'b01: //R2
                            RF_RSel<= 4'b0100;

                        2'b10: //R3
                            RF_RSel<= 4'b0010;

                        2'b11: //R4
                            RF_RSel<= 4'b0001;
                        
                    endcase
                    RF_FunSel<=2'b01; //open to load
                    MuxASel <= 2'b00; //OutALU
                    MuxBSel <= 2'b10; //IROut (random)
                    ARF_RegSel <= 3'b000; //Do not let ARF to change.

                end

            else 
                begin//write to arf 
                    
                    case (ins_dstreg[1:0]) //which register will be used
                        2'b00: //SP
                            ARF_RegSel<= 4'b0100;
                
                        2'b01: //AR
                            ARF_RegSel<= 4'b1000;

                        2'b10: //PC
                            ARF_RegSel<= 4'b0001;

                        2'b11: //PC
                            ARF_RegSel<= 4'b0001;
                        
                    endcase
                    ARF_FunSel<=2'b01; //open to load
                    MuxASel <= 2'b10; //IROut (random)
                    MuxBSel <= 2'b00; //OutALU
                    RF_RSel <= 3'b000; //Do not let RF to change.

                end 
        
            end

            
        end


        else if((timing_signal==4'b0101) && (ins_opcode == 4'h6)) begin // LSL
            IR_Enable<=0;
            ALU_FunSel <= 4'b1011 ;
            Mem_WR <= 0;

            begin // write to register

            if (ins_dstreg[2]==1'b0)//write to rf
                begin 
                    case (ins_dstreg[1:0]) //which register will be used
                        2'b00: //R1
                            RF_RSel<= 4'b1000;
                
                        2'b01: //R2
                            RF_RSel<= 4'b0100;

                        2'b10: //R3
                            RF_RSel<= 4'b0010;

                        2'b11: //R4
                            RF_RSel<= 4'b0001;
                        
                    endcase
                    RF_FunSel<=2'b01; //open to load
                    MuxASel <= 2'b00; //OutALU
                    MuxBSel <= 2'b10; //IROut (random)
                    ARF_RegSel <= 3'b000; //Do not let ARF to change.

                end

            else 
                begin//write to arf 
                    
                    case (ins_dstreg[1:0]) //which register will be used
                        2'b00: //SP
                            ARF_RegSel<= 4'b0100;
                
                        2'b01: //AR
                            ARF_RegSel<= 4'b1000;

                        2'b10: //PC
                            ARF_RegSel<= 4'b0001;

                        2'b11: //PC
                            ARF_RegSel<= 4'b0001;
                        
                    endcase
                    ARF_FunSel<=2'b01; //open to load
                    MuxASel <= 2'b10; //IROut (random)
                    MuxBSel <= 2'b00; //OutALU
                    RF_RSel <= 3'b000; //Do not let RF to change.

                end 
        
            end

            
            
        end

        else if((timing_signal==4'b0101) && (ins_opcode == 4'h7)) begin // INC (takes 3 cycle) 1. cycle
            IR_Enable<=0;
            RF_FunSel <= 2'b00; //Clear 
            RF_TSel <= 4'b0001; //Only T4 is enabled.
        end

        else if((timing_signal==4'b0110) && (ins_opcode == 4'h7)) begin // INC (takes 3 cycle) 2. cycle
            IR_Enable<=0;
            RF_OutBSel<=3'b011;
            RF_FunSel <= 2'b11; // Increment
            RF_TSel <= 4'b0001; //Only T4 is enabled. Now T4 is 1.
        end

        else if ((timing_signal==4'b0111) && (ins_opcode == 4'h7)) begin // INC (takes 3 cycle) 3. cycle
            IR_Enable<=0;
            RF_OutBSel<=3'b011;
            ALU_FunSel <= 4'b0100; // SREG1 + 1
            Mem_WR <= 0;
            
            begin // write to register

                if (ins_dstreg[2]==1'b0)//write to rf
                    begin 
                        case (ins_dstreg[1:0]) //which register will be used
                            2'b00: //R1
                                RF_RSel<= 4'b1000;
                    
                            2'b01: //R2
                                RF_RSel<= 4'b0100;

                            2'b10: //R3
                                RF_RSel<= 4'b0010;

                            2'b11: //R4
                                RF_RSel<= 4'b0001;
                            
                        endcase
                        RF_FunSel<=2'b01; //open to load
                        MuxASel <= 2'b00; //OutALU
                        MuxBSel <= 2'b10; //IROut (random)
                        ARF_RegSel <= 3'b000; //Do not let ARF to change.

                    end

                else 
                    begin//write to arf 
                        
                        case (ins_dstreg[1:0]) //which register will be used
                            2'b00: //SP
                                ARF_RegSel<= 4'b0100;
                    
                            2'b01: //AR
                                ARF_RegSel<= 4'b1000;

                            2'b10: //PC
                                ARF_RegSel<= 4'b0001;

                            2'b11: //PC
                                ARF_RegSel<= 4'b0001;
                            
                        endcase
                        ARF_FunSel<=2'b01; //open to load
                        MuxASel <= 2'b10; //IROut (random)
                        MuxBSel <= 2'b00; //OutALU
                        RF_RSel <= 3'b000; //Do not let RF to change.

                    end 
        
            end

        

        end

        else if((timing_signal==4'b0101) && (ins_opcode == 4'h8)) begin // DEC (takes 3 cycle) 1. cycle
            IR_Enable<=0;
            RF_FunSel <= 2'b00; //Clear 
            RF_TSel <= 4'b0001; //Only T4 is enabled.

        end

        else if((timing_signal==4'b0110) && (ins_opcode == 4'h8)) begin // DEC (takes 3 cycle) 2. cycle
            RF_OutBSel<=3'b011;
            IR_Enable<=0;
            RF_FunSel <= 2'b11; // Increment
            RF_TSel <= 4'b0001; //Only T4 is enabled. Now T4 is 1.

        end

        else if ((timing_signal==4'b0111) && (ins_opcode == 4'h8)) begin // DEC (takes 3 cycle) 3. cycle
            RF_OutBSel<=3'b011;
            IR_Enable<=0;
            ALU_FunSel <= 4'b0101; // SREG1 - 1
            Mem_WR <= 0;
            
            begin // write to register

                if (ins_dstreg[2]==1'b0)//write to rf
                    begin 
                        case (ins_dstreg[1:0]) //which register will be used
                            2'b00: //R1
                                RF_RSel<= 4'b1000;
                    
                            2'b01: //R2
                                RF_RSel<= 4'b0100;

                            2'b10: //R3
                                RF_RSel<= 4'b0010;

                            2'b11: //R4
                                RF_RSel<= 4'b0001;
                            
                        endcase
                        RF_FunSel<=2'b01; //open to load
                        MuxASel <= 2'b00; //OutALU
                        MuxBSel <= 2'b10; //IROut (random)
                        ARF_RegSel <= 3'b000; //Do not let ARF to change.

                    end

                else 
                    begin//write to arf 
                        
                        case (ins_dstreg[1:0]) //which register will be used
                            2'b00: //SP
                                ARF_RegSel<= 4'b0100;
                    
                            2'b01: //AR
                                ARF_RegSel<= 4'b1000;

                            2'b10: //PC
                                ARF_RegSel<= 4'b0001;

                            2'b11: //PC
                                ARF_RegSel<= 4'b0001;
                            
                        endcase
                        ARF_FunSel<=2'b01; //open to load
                        MuxASel <= 2'b10; //IROut (random)
                        MuxBSel <= 2'b00; //OutALU
                        RF_RSel <= 3'b000; //Do not let RF to change.

                    end 
        
            end

            

        end


        else if((timing_signal==4'b0101) && (ins_opcode == 4'hB)) begin // MOV
            IR_Enable<=0;
            ALU_FunSel <= 4'b0000 ;
            Mem_WR <= 0;

            begin // write to register

                if (ins_dstreg[2]==1'b0)//write to rf
                    begin 
                        case (ins_dstreg[1:0]) //which register will be used
                            2'b00: //R1
                                RF_RSel<= 4'b1000;
                    
                            2'b01: //R2
                                RF_RSel<= 4'b0100;

                            2'b10: //R3
                                RF_RSel<= 4'b0010;

                            2'b11: //R4
                                RF_RSel<= 4'b0001;
                            
                        endcase
                        RF_FunSel<=2'b01; //open to load
                        MuxASel <= 2'b00; //OutALU
                        MuxBSel <= 2'b10; //IROut (random)
                        ARF_RegSel <= 3'b000; //Do not let ARF to change.
                    end

                else 
                    begin//write to arf 
                        
                        case (ins_dstreg[1:0]) //which register will be used
                            2'b00: //SP
                                ARF_RegSel<= 4'b0100;
                    
                            2'b01: //AR
                                ARF_RegSel<= 4'b1000;

                            2'b10: //PC
                                ARF_RegSel<= 4'b0001;

                            2'b11: //PC
                                ARF_RegSel<= 4'b0001;
                            
                        endcase
                        ARF_FunSel<=2'b01; //open to load
                        MuxASel <= 2'b10; //IROut (random)
                        MuxBSel <= 2'b00; //OutALU
                        RF_RSel <= 3'b000; //Do not let RF to change.

                    end 
        
            end

            

         end

        else if(ins_opcode==4'hE && timing_signal==4'b0100) begin
            IR_Enable<=0;
            ARF_FunSel<=  2'b11;  // Increment
            ARF_RegSel<=  4'b0100; // SP is selected
        end

        else if(ins_opcode==4'hF && timing_signal==4'b0100) begin
            IR_Enable<=0;
            ARF_FunSel<=2'b10;  // Decrement
            ARF_RegSel<= 4'b0100; // SP is selected
        end

        
    end

endmodule